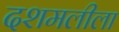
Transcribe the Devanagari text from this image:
दशमलीला